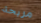
مريحة